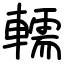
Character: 轜